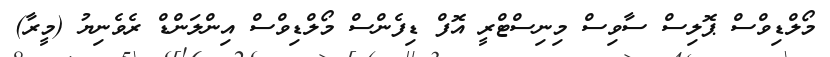
މޯލްޑިވްސް ޕޮލިސް ސާވިސް މިނިސްޓްރީ އޮފް ޑިފެންސް މޯލްޑިވްސް އިންލަންޑް ރެވެނިޔު (މީރާ)